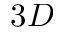
3 D